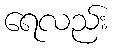
ရေလည်း